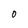
Character: 0